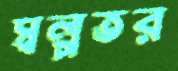
স্বল্পতর